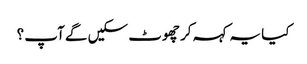
کیا یہ کہہ کر چھوٹ سکیں گے آپ ؟